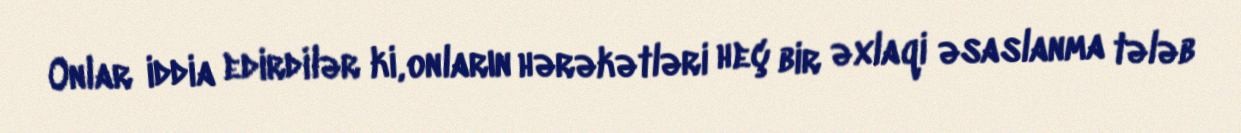
Onlar iddia edirdilər ki, onların hərəkətləri heç bir əxlaqi əsaslanma tələb